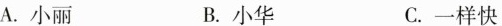
A.小丽 B.小华 C.一样快